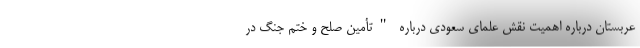
عربستان درباره اهمیت نقش علمای سعودی درباره "تأمین صلح و ختم جنگ در